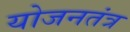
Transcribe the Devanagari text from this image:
योजनतंत्र